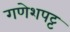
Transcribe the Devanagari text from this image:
गणेशपट्ट